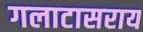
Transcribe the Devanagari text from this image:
गलाटासराय